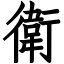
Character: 衛